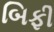
બિફી